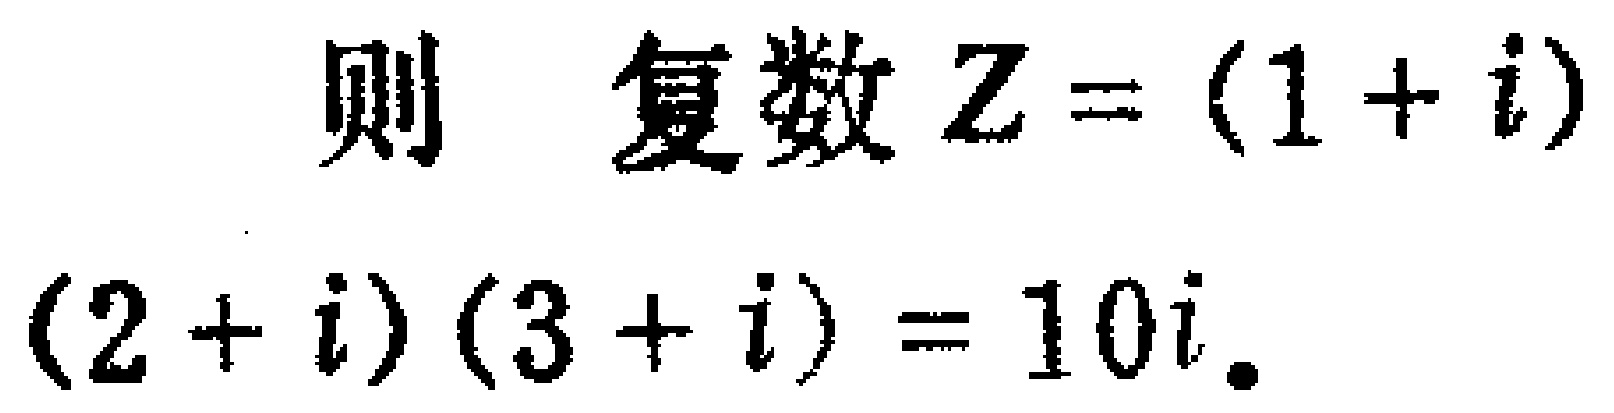
则  复数$Z=(1 + i)(2 + i)(3 + i)=10i.$